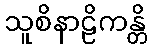
သူစိနာဠိကန္တိ